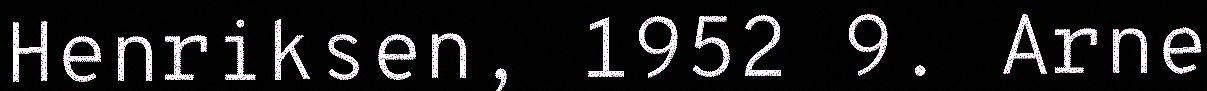
Henriksen, 1952 9. Arne